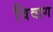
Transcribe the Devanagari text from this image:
विवाग